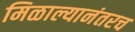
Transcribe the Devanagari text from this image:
मिळाल्यानंतरच